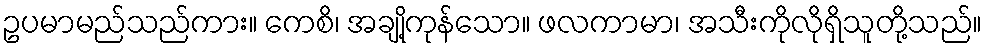
ဥပမာမည်သည်ကား။ ကေစိ၊ အချို့ကုန်သော။ ဖလကာမာ၊ အသီးကိုလိုရှိသူတို့သည်။